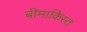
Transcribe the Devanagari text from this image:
बीमाकिस्त